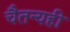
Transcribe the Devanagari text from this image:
चैतन्यही